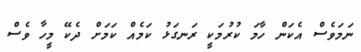
ނަމަވެސް އެކަން ހާމަ ކުރުމަކީ ރަނގަޅު ކަމެއް ކަމަށް ދެކޭ މީހާ ވެސް